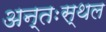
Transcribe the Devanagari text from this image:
अन्तःस्थल